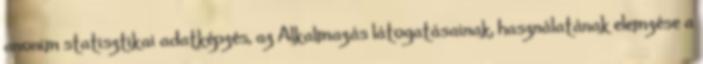
anonim statisztikai adatképzés, az Alkalmazás látogatásainak, használatának elemzése a